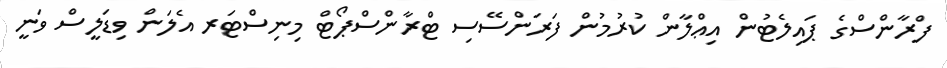
ފްރާންސްގެ ޕައިލެޓުން އިޢްލާން ކުރުމުން ފަރަންސޭސި ޓްރާންސްޕޯޓް މިނިސްޓަރ އެލަން ވިޑަލީސް ވަނީ